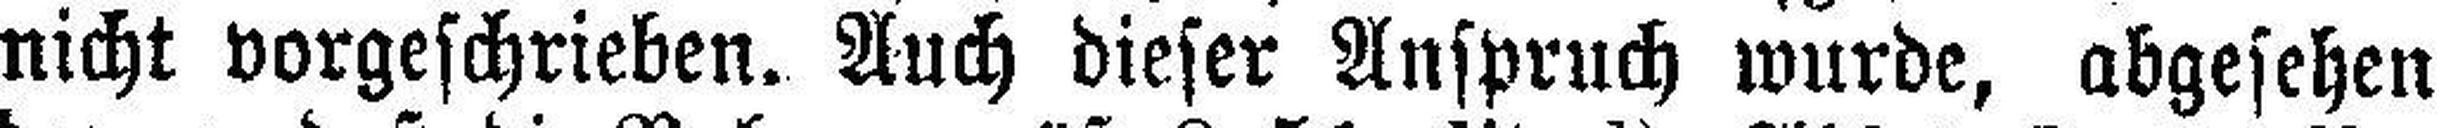
nicht vorgeschrieben. Auch dieser Anspruch wurde, abgesehen